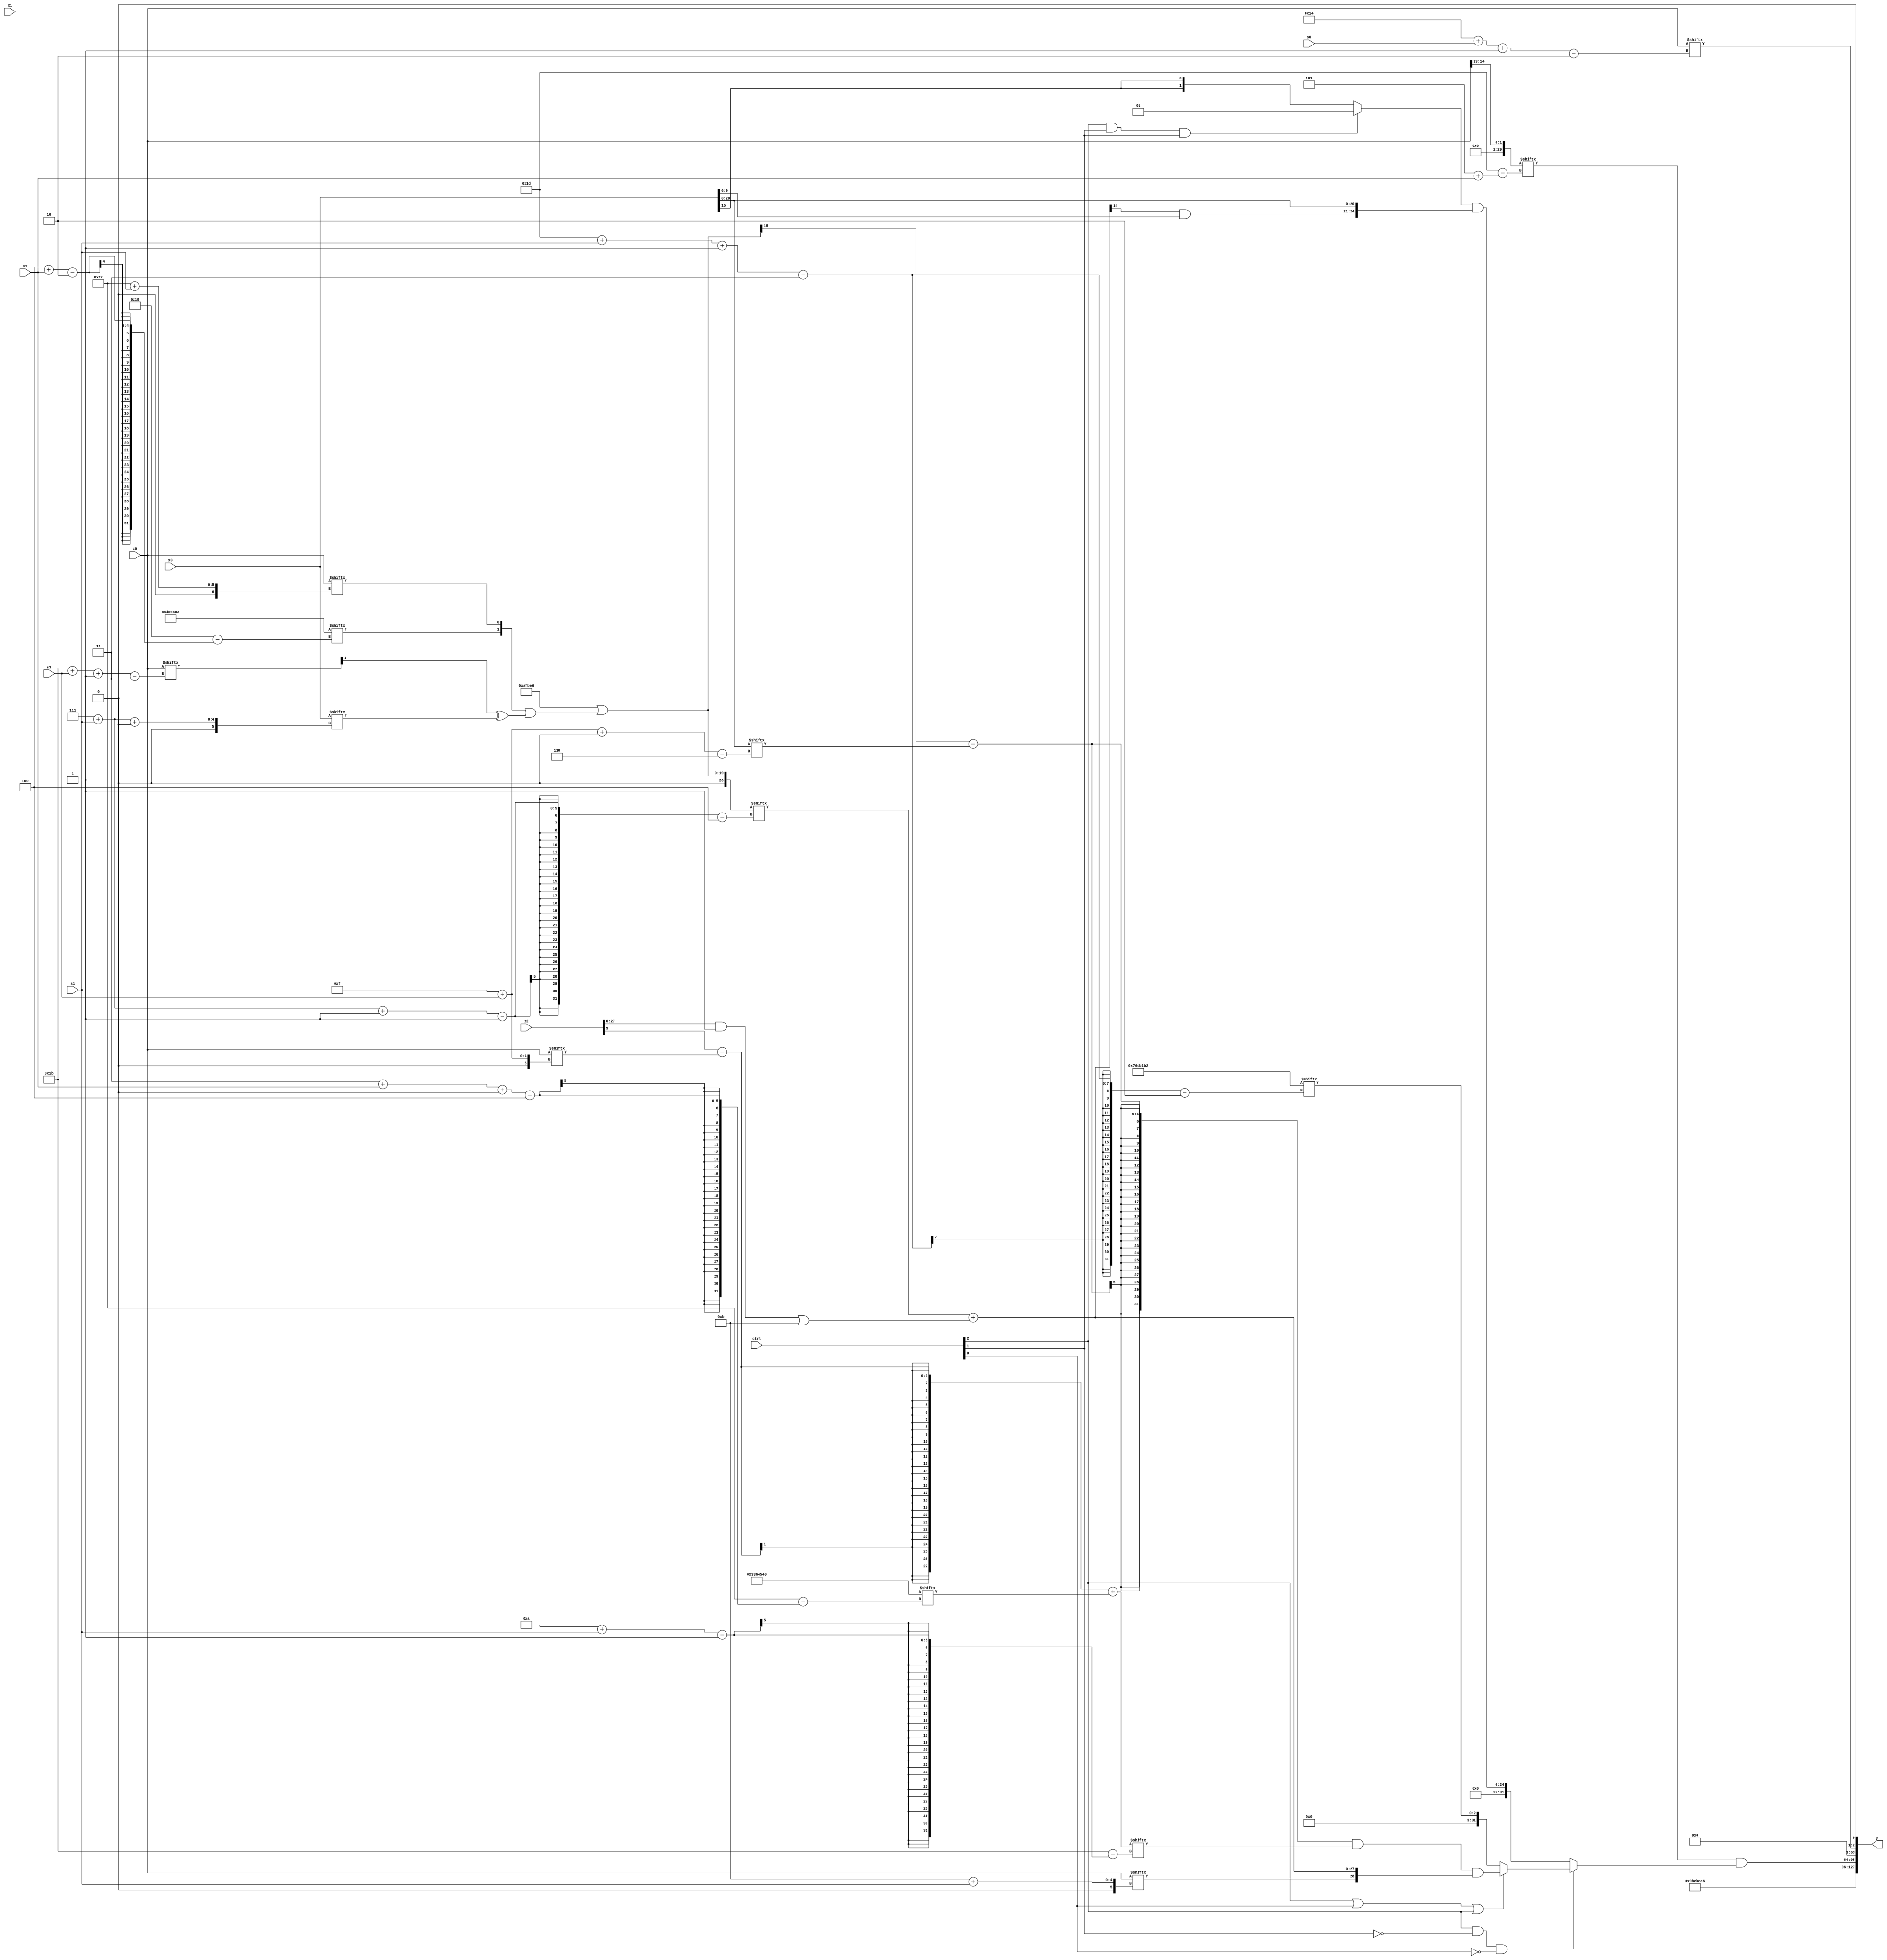
module partsel_00307(ctrl, s0, s1, s2, s3, x0, x1, x2, x3, y);
  input [3:0] ctrl;
  input [2:0] s0;
  input [2:0] s1;
  input [2:0] s2;
  input [2:0] s3;
  input signed [31:0] x0;
  input [31:0] x1;
  input [31:0] x2;
  input signed [31:0] x3;
  wire [1:28] x4;
  wire [6:26] x5;
  wire signed [24:4] x6;
  wire [4:24] x7;
  wire signed [26:6] x8;
  wire [5:25] x9;
  wire signed [4:29] x10;
  wire signed [0:29] x11;
  wire [27:0] x12;
  wire [24:5] x13;
  wire [3:30] x14;
  wire [7:28] x15;
  output [127:0] y;
  wire [31:0] y0;
  wire [31:0] y1;
  wire [31:0] y2;
  wire signed [31:0] y3;
  assign y = {y0,y1,y2,y3};
  localparam [4:29] p0 = 993412416;
  localparam signed [2:26] p1 = 819371018;
  localparam [30:1] p2 = 163364518;
  localparam signed [29:2] p3 = 393064882;
  assign x4 = ((x2[9 +: 1] - x0[15 + s3]) + p0[3 + s2 +: 8]);
  assign x5 = {2{{x0[27 + s3 -: 3], {2{p3[17 + s1 -: 1]}}}}};
  assign x6 = {p0[7 + s3], {2{((p0 ^ p2) | ({p1[4 + s2], x0[18 + s1]} | (x5[18] ^ x3[7 + s1 +: 3])))}}};
  assign x7 = x3;
  assign x8 = x7;
  assign x9 = x0[11 + s2];
  assign x10 = ((p3[16 + s2] ^ x3[18 -: 1]) + (p1[19] & ((!ctrl[3] && ctrl[3] || !ctrl[1] ? (ctrl[0] || ctrl[3] && !ctrl[1] ? x3[3 + s0 +: 6] : x5[17 + s0]) : x0[15 -: 3]) + {2{p1[10 + s1]}})));
  assign x11 = x0[13 +: 2];
  assign x12 = p2;
  assign x13 = p2[12 -: 4];
  assign x14 = {p3, (x6[7 + s1 -: 1] + ((x2 & p3[9]) | p0[12 -: 4]))};
  assign x15 = p3;
  assign y0 = x12;
  assign y1 = (x11[5 + s2] & (ctrl[2] && !ctrl[1] && !ctrl[0] ? (ctrl[2] || ctrl[0] || ctrl[2] ? (((x6[19] - x8[15 + s3 +: 5]) & x4[10 + s1]) & {x0[11 + s1], x14}) : p3[29 + s1 -: 3]) : ((ctrl[2] && ctrl[1] && ctrl[1] ? x12[13] : {2{x7[9]}}) & {(x14[16] & x7[15 +: 4]), x8})));
  assign y2 = (x12[22 -: 1] & x7[9]);
  assign y3 = {x0[20 + s0 -: 2], p3[11]};
endmodule